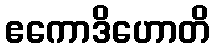
ဧကောဒိဟောတိ